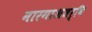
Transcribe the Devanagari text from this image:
नारगाअजर्नि